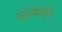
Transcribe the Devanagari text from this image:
चारपाईयाँ